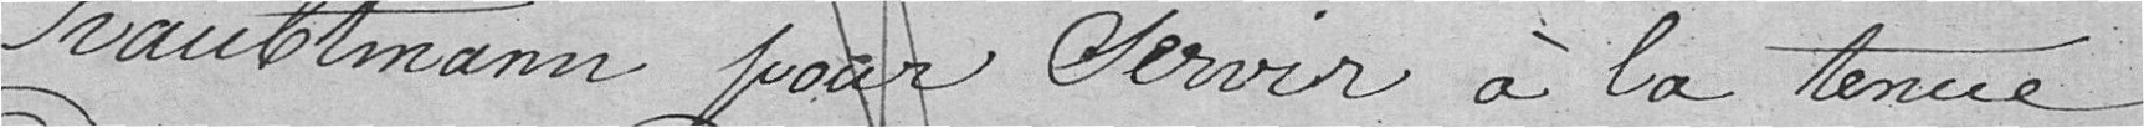
HAUBTMANN pour servir à la tenue